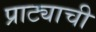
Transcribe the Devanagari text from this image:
प्राट्याची